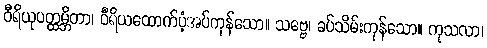
ဝီရိယုပတ္ထမ္ဘိတာ၊ ဝီရိယထောက်ပံ့အပ်ကုန်သော။ သဗ္ဗေ၊ ခပ်သိမ်းကုန်သော။ ကုသလာ၊